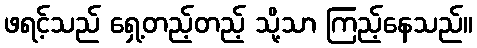
ဖရင့်သည် ရှေ့တည့်တည့် သို့သာ ကြည့်နေသည်။